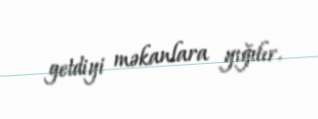
getdiyi məkanlara yığılır.